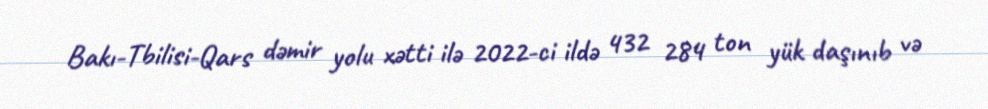
Bakı-Tbilisi-Qars dəmir yolu xətti ilə 2022-ci ildə 432 284 ton yük daşınıb və